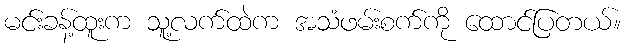
မင်းခန့်ထူးက သူ့လက်ထဲက အသံဖမ်းစက်ကို ထောင်ပြတယ်။